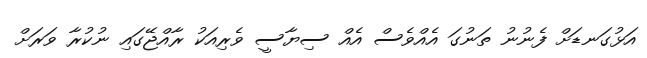
އަޅުގަނޑަށް ފެނުނު ތަނުގަ އެއްވެސް އެއް ސިޔާސީ ވެރިއަކު ރާއްޖޭގައި ނުކުރާ ވަރަށް